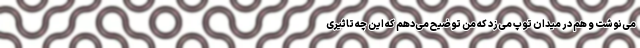
می‌نوشت و هم در میدان توپ می‌زد که من توضیح می‌دهم که این چه تاثیری